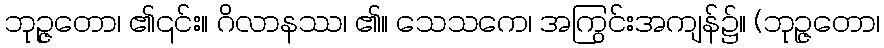
ဘုဉ္ဇတော၊ ၏၎င်း။ ဂိလာနဿ၊ ၏။ သေသကေ၊ အကြွင်းအကျန်၌။ (ဘုဉ္ဇတော၊